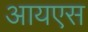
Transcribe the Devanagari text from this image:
आयएस